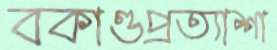
বকাণ্ডপ্রত্যাশা